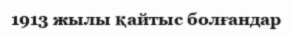
1913 жылы қайтыс болғандар